Report of the Indian Hemp Drugs Commission, 1894-1895 - Volume IV
Year: 1894
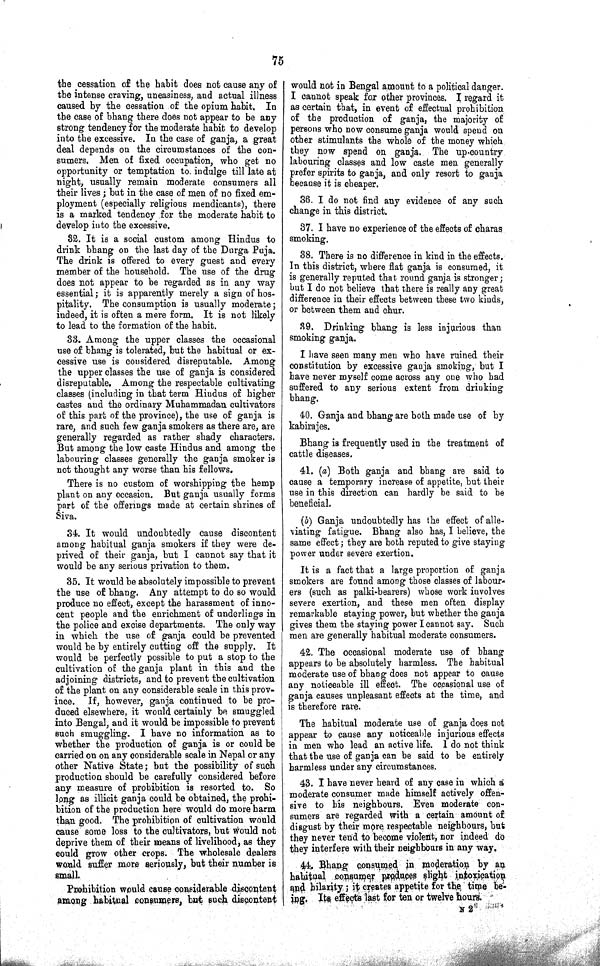
75
the cessation of the habit does not cause any of
the intense craving, uneasiness, and actual illness
caused by the cessation of the opium habit. In
the case of bhang there does not appear to be any
strong tendency for the moderate habit to develop
into the excessive. In the case of ganja, a great
deal depends on the circumstances of the con¬
sumers. Men of fixed occupation, who get no
opportunity or temptation to indulge till late at
night, usually remain moderate consumers all
their lives; but in the case of men of no fixed em¬
ployment (especially religious mendicants), there
is a marked tendency for the moderate habit to
develop into the excessive.
32. It is a social custom among Hindus to
drink bhang on the last day of the Durga Puja.
The drink is offered to every guest and every
member of the household. The use of the drug
does not appear to be regarded as in any way
essential; it is apparently merely a sign of hos¬
pitality. The consumption is usually moderate;
indeed, it is often a mere form. It is not likely
to lead to the formation of the habit.
33. Among the upper classes the occasional
use of bhang is tolerated, but the habitual or ex¬
cessive use is considered disreputable. Among
the upper classes the use of ganja is considered
disreputable. Among the respectable cultivating
classes (including in that term Hindus of higher
castes and the ordinary Muhammadan cultivators
of this part of the province), the use of ganja is
rare, and such few ganja smokers as there are, are
generally regarded as rather shady characters.
But among the low caste Hindus and among the
labouring classes generally the ganja smoker is
not thought any worse than his fellows.
There is no custom of worshipping the hemp
plant on any occasion. But ganja usually forms
part of the offerings made at certain shrines of
Siva.
34. It would undoubtedly cause discontent
among habitual ganja smokers if they were de¬
prived of their ganja, but I cannot say that it
would be any serious privation to them.
35. It would be absolutely impossible to prevent
the use of bhang. Any attempt to do so would
produce no effect, except the harassment of inno¬
cent people and the enrichment of underlings in
the police and excise departments. The only way
in which the use of ganja could be prevented
would be by entirely cutting off the supply. It
would be perfectly possible to put a stop to the
cultivation of the ganja plant in this and the
adjoining districts, and to prevent the cultivation
of the plant on any considerable scale in this prov¬
ince. If, however, ganja continued to be pro¬
duced elsewhere, it would certainly be smuggled
into Bengal, and it would be impossible to prevent
such smuggling. I have no information as to
whether the production of ganja is or could be
carried on on any considerable scale in Nepal or any
other Native State; but the possibility of such
production should be carefully considered before
any measure of prohibition is resorted to. So
long as illicit ganja could be obtained, the prohi¬
bition of the production here would do more harm
than good. The prohibition of cultivation would
cause some loss to the cultivators, but would not
deprive them of their means of livelihood, as they
could grow other crops. The wholesale dealers
would suffer more seriously, but their number is
small.
Prohibition would cause considerable discontent
among habitual consumers, but such discontent
would not in Bengal amount to a political danger.
I cannot speak for other provinces. I regard it
as certain that, in event of effectual prohibition
of the production of ganja, the majority of
persons who now consume ganja would spend on
other stimulants the whole of the money which
they now spend on ganja. The up-country
labouring classes and low caste men generally
prefer spirits to ganja, and only resort to ganja
because it is cheaper.
36. I do not find any evidence of any such
change in this district.
37. I have no experience of the effects of charas
smoking.
38. There is no difference in kind in the effects.
In this district, where flat ganja is consumed, it
is generally reputed that round ganja is stronger;
but I do not believe that there is really any great
difference in their effects between these two kinds,
or between them and chur.
39. Drinking bhang is less injurious than
smoking ganja.
I have seen many men who have ruined their
constitution by excessive ganja smoking, but I
have never myself come across any one who had
suffered to any serious extent from drinking
bhang.
40. Ganja and bhang are both made use of by
kabirajes.
Bhang is frequently used in the treatment of
cattle diseases.
41. (a) Both ganja and bhang are said to
cause a temporary increase of appetite, but their
use in this direction can hardly be said to be
beneficial.
(b) Ganja undoubtedly has the effect of alle¬
viating fatigue. Bhang also has, I believe, the
same effect; they are both reputed to give staying
power under severe exertion.
It is a fact that a large proportion of ganja
smokers are found among those classes of labour¬
ers (such as palki-bearers) whose work involves
severe exertion, and these men often display
remarkable staying power, but whether the ganja
gives them the staying power I cannot say. Such
men are generally habitual moderate consumers.
42. The occasional moderate use of bhang
appears to be absolutely harmless. The habitual
moderate use of bhang does not appear to cause
any noticeable ill effect. The occasional use of
ganja causes unpleasant effects at the time, and
is therefore rare.
The habitual moderate use of ganja does not
appear to cause any noticeable injurious effects
in men who lead an active life. I do not think
that the use of ganja can be said to be entirely
harmless under any circumstances.
43. I have never heard of any case in which a
moderate consumer made himself actively offen¬
sive to his neighbours. Even moderate con¬
sumers are regarded with a certain amount of
disgust by their more respectable neighbours, but
they never tend to become violent, nor indeed do
they interfere with their neighbours in any way.
44. Bhang consumed in moderation by an
habitual consumer produces slight intoxication
and hilarity; it creates appetite for the time be-
ing. Its effects last for ten or twelve hours.
N 2